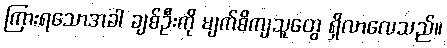
ကြားရသောအခါ ချစ်ဦးကို မျက်စိကျသူတွေ ရှိလာလေသည်။